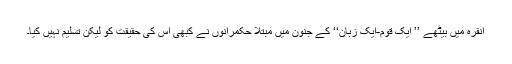
انقرہ میں بیٹھے ’’ ایک قوم-ایک زبان‘‘ کے جنون میں مبتلا حکمرانوں نے کبھی اس کی حقیقت کو لیکن تسلیم نہیں کیا۔